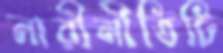
নারীনীতিটি